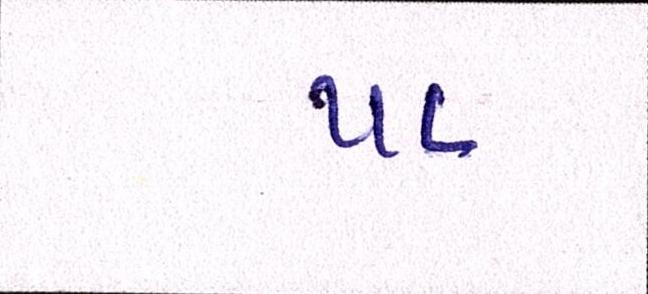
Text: ૫૪